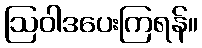
ဩဝါဒပေးကြရန်။